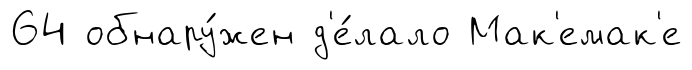
64 обнару́жен д'е́лало Мак'емак'е